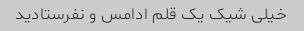
خیلی شیک یک قلم ادامس و نفرستادید